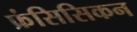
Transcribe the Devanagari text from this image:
फ्रंसिसिकन